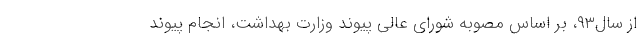
از سال‌۹۳، بر اساس مصوبه شورای عالی پیوند وزارت بهداشت، انجام پیوند